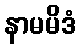
နာမမိဒံ